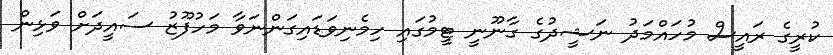
ކުރީގެ ރައީސް މުހައްމަދު ނަޝީދުގެ ގާނޫނީ ޓީމުގައި ހިމެނިވަޑައިގަންނަވާ މަހުފޫޒު ސައީދަށް ވަޅިން